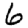
Digit: 6